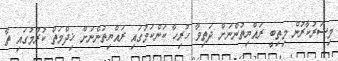
މިސަރުކާރުން މިތިބީ ރައްޔިތުންނަށް ދަތިވާ ހުރިހާ ކަންކަމުގައި ރައްޔިތުންނަށް ޚިދްމަތް ކުރުމުގައި ތާ